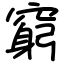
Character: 窮